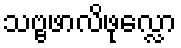
သဗ္ဗဖာလိဖုလ္လော